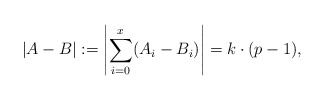
\begin{align*}|A - B| := \left| \sum_{i=0}^x (A_i - B_i) \right| = k \cdot (p-1),\end{align*}